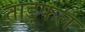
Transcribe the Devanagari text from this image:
ताड़फल